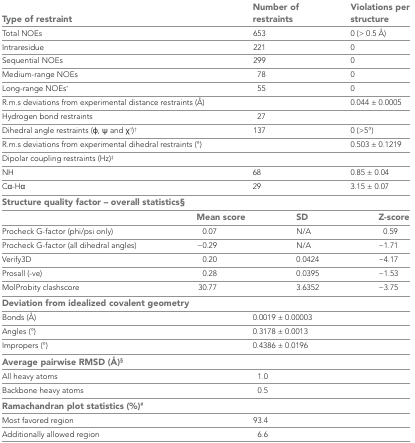
<table><thead><tr><td colspan="2"><b>Type of restraint</b></td><td><b>Number of restraints</b></td><td><b>Violations per structure</b></td></tr></thead><tbody><tr><td colspan="2">Total NOEs</td><td>653</td><td>0 (&gt; 0.5 Å)</td></tr><tr><td colspan="2">Intraresidue</td><td>221</td><td>0</td></tr><tr><td colspan="2">Sequential NOEs</td><td>299</td><td>0</td></tr><tr><td colspan="2">Medium-range NOEs</td><td>78</td><td>0</td></tr><tr><td colspan="2">Long-range NOEs*</td><td>55</td><td>0</td></tr><tr><td colspan="2">R.m.s deviations from experimental distance restraints (Å)</td><td></td><td>0.044 ± 0.0005</td></tr><tr><td colspan="2">Hydrogen bond restraints</td><td>27</td><td></td></tr><tr><td colspan="2">Dihedral angle restraints (φ, ψ and χ<sup>1</sup>)†</td><td>137</td><td>0 (&gt;5°)</td></tr><tr><td colspan="2">R.m.s deviations from experimental dihedral restraints (°)</td><td></td><td>0.503 ± 0.1219</td></tr><tr><td colspan="2">Dipolar coupling restraints (Hz)‡</td><td></td><td></td></tr><tr><td colspan="2">NH</td><td>68</td><td>0.85 ± 0.04</td></tr><tr><td colspan="2">Cα-Hα</td><td>29</td><td>3.15 ± 0.07</td></tr><tr><td colspan="4"><b>Structure quality factor – overall statistics</b>§</td></tr><tr><td></td><td><b>Mean score</b></td><td><b>SD</b></td><td><b>Z-score</b></td></tr><tr><td>Procheck G-factor (phi/psi only)</td><td>0.07</td><td>N/A</td><td>0.59</td></tr><tr><td>Procheck G-factor (all dihedral angles)</td><td>−0.29</td><td>N/A</td><td>−1.71</td></tr><tr><td>Verify3D</td><td>0.20</td><td>0.0424</td><td>−4.17</td></tr><tr><td>Prosall (-ve)</td><td>0.28</td><td>0.0395</td><td>−1.53</td></tr><tr><td>MolProbity clashscore</td><td>30.77</td><td>3.6352</td><td>−3.75</td></tr><tr><td colspan="4"><b>Deviation from idealized covalent geometry</b></td></tr><tr><td colspan="2">Bonds (Å)</td><td>0.0019 ± 0.00003</td><td></td></tr><tr><td colspan="2">Angles (°)</td><td>0.3178 ± 0.0013</td><td></td></tr><tr><td colspan="2">Impropers (°)</td><td>0.4386 ± 0.0196</td><td></td></tr><tr><td colspan="4"><b>Average pairwise RMSD (Å)§</b></td></tr><tr><td colspan="2">All heavy atoms</td><td>1.0</td><td></td></tr><tr><td colspan="2">Backbone heavy atoms</td><td>0.5</td><td></td></tr><tr><td colspan="4"><b>Ramachandran plot statistics (%)#</b></td></tr><tr><td colspan="2">Most favored region</td><td>93.4</td><td></td></tr><tr><td colspan="2">Additionally allowed region</td><td>6.6</td><td></td></tr></tbody></table>